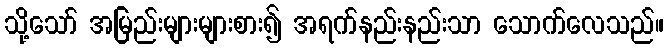
သို့သော် အမြည်းများများစား၍ အရက်နည်းနည်းသာ သောက်လေသည်။